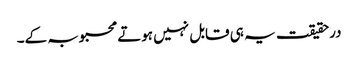
درحقیقت یہ ہی قابل نہیں ہوتے محبوبہ کے۔